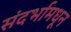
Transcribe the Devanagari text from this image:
संदर्भामधून